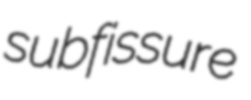
subfissure